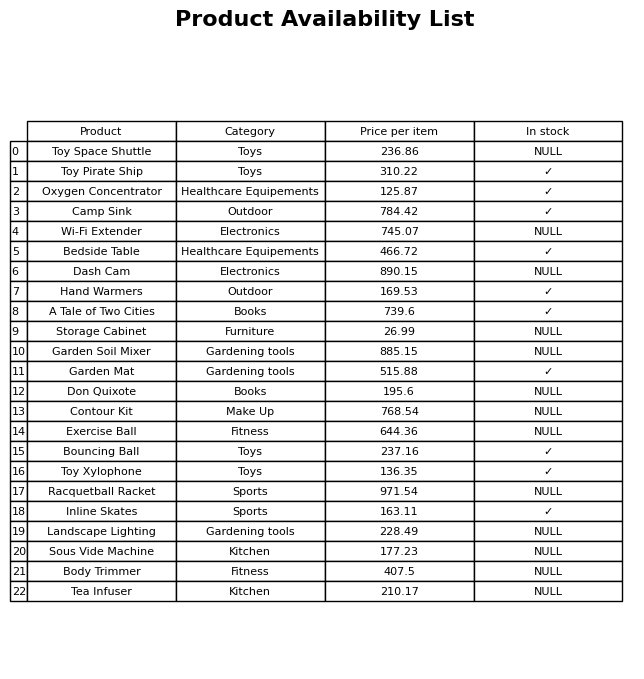
question: What is the price of the Garden Mat?
answer: The price of Garden Mat is 515.88.